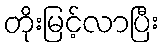
တိုးမြင့်လာပြီး